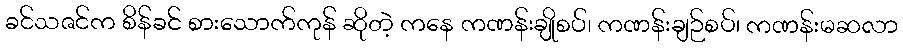
ခင်သဇင်က စိန်ခင် စားသောက်ကုန် ဆိုတဲ့ ကနေ ကဏန်းချိုစပ်၊ ကဏန်းချဉ်စပ်၊ ကဏန်းမဆလာ